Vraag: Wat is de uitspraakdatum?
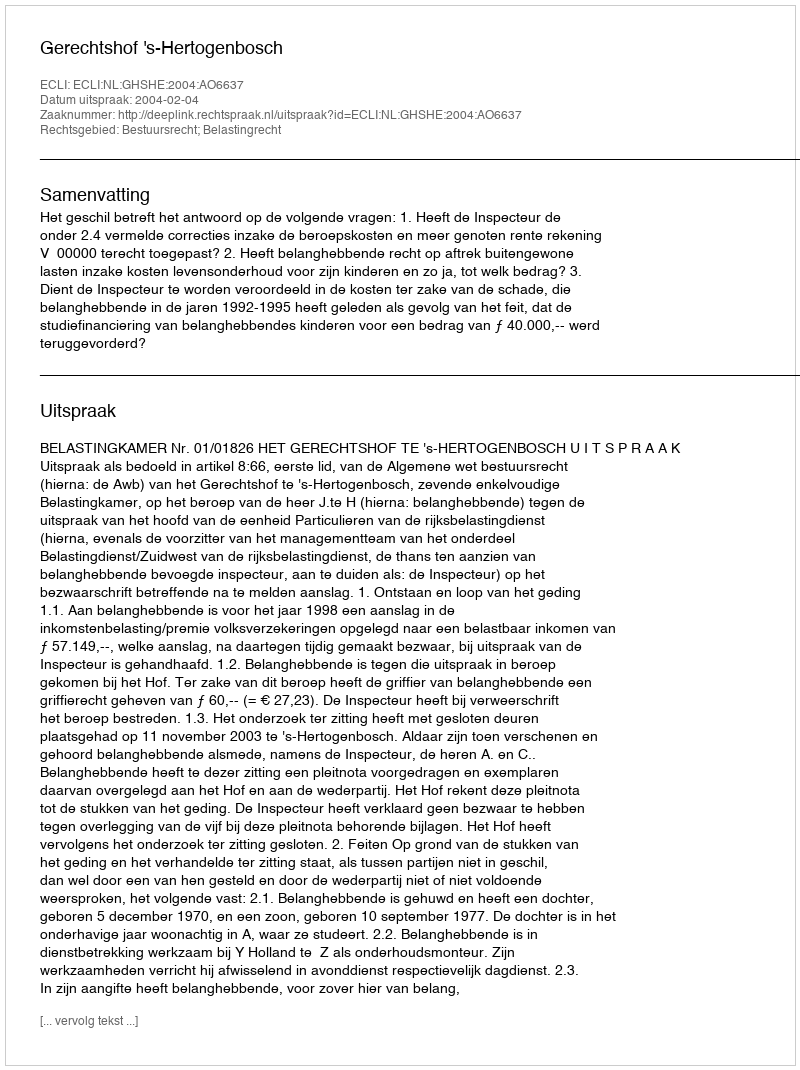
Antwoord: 2004-02-04